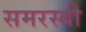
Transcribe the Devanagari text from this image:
समरस्बी